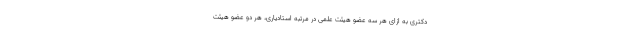
دکتری به ازای هر سه عضو هیئت علمی در مرتبه استادیاری، هر دو عضو هیئت